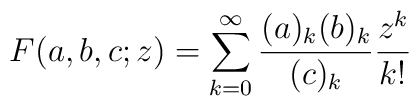
F(a,b,c;z)=\sum_{k=0}^{\infty} \frac{(a)_k(b)_k}{(c)_k}\frac{z^k}{k!}